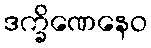
ဒက္ခိဏေနေဝ